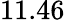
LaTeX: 11.46